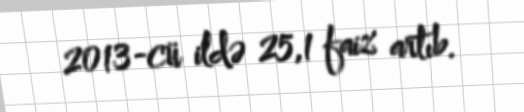
2013-cü ildə 25,1 faiz artıb.